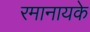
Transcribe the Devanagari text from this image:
रमानायके